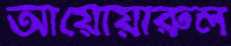
আয়োয়ারুল